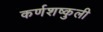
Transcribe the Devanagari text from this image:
कर्णशष्कुली